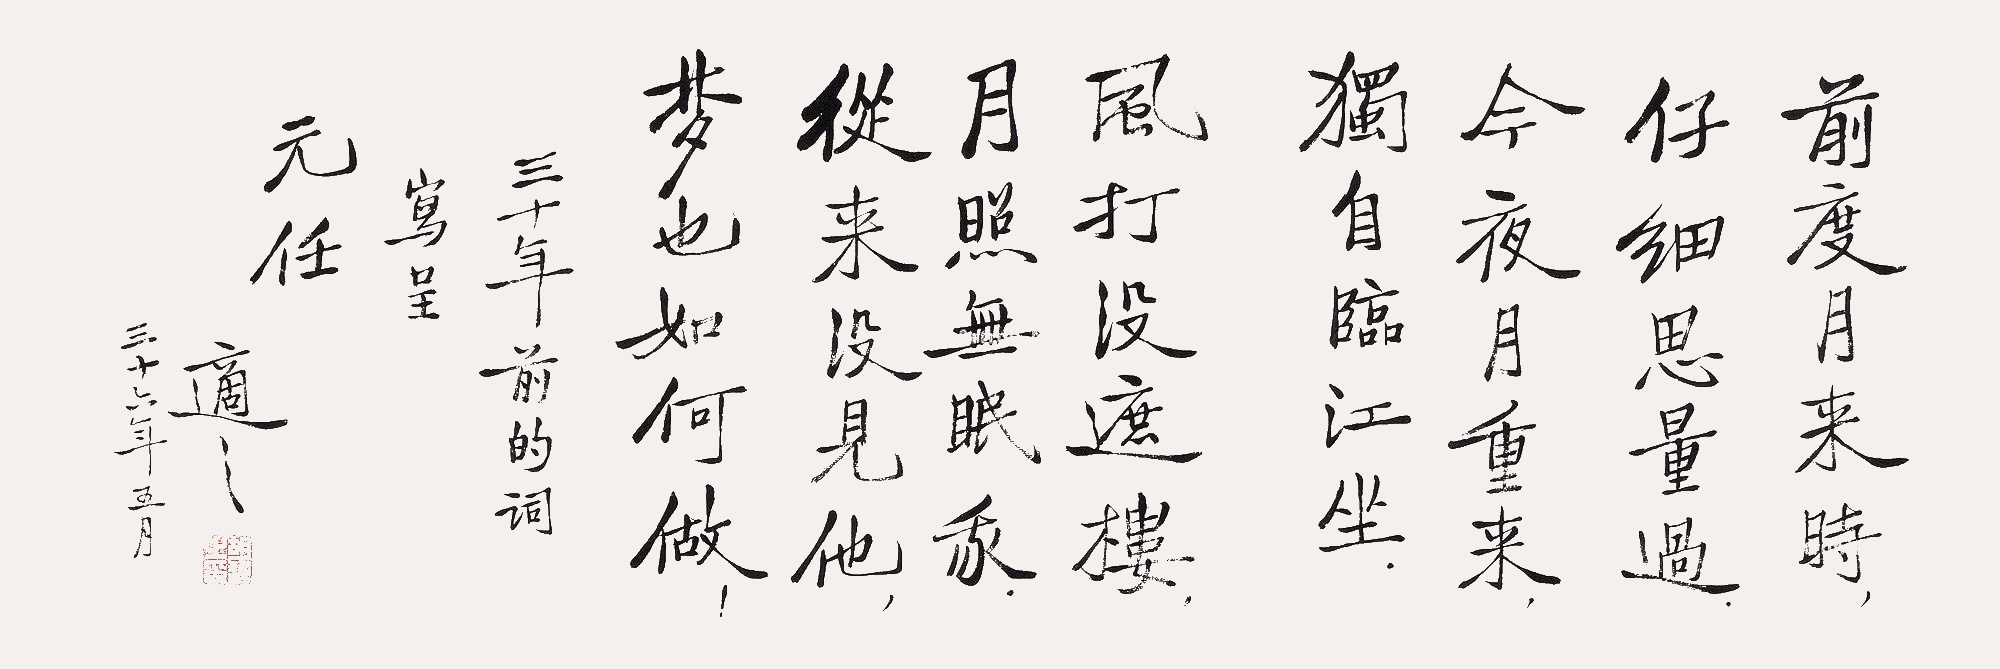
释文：前度月来时，仔细思量过。今夜月重来，独自临江坐。风打没遮楼，月照无眠我。从来没见他，梦也如何做。三十年前的词写呈，元任。适之三十六年五月。